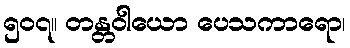
၅၀၇။ တန္တဝါယော ပေသကာရော၊